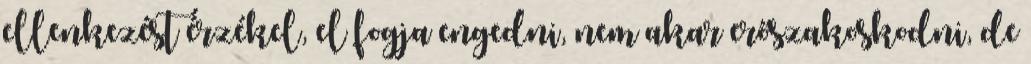
ellenkezést érzékel, el fogja engedni, nem akar erőszakoskodni, de